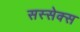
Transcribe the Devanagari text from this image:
सस्सेक्स